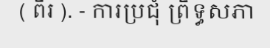
( ពីរ ). - ការប្រជុំ ព្រឹទ្ធសភា